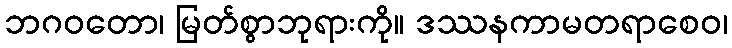
ဘဂဝတော၊ မြတ်စွာဘုရားကို။ ဒဿနကာမတရာစေဝ၊